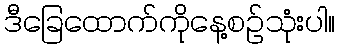
ဒီခြေထောက်ကိုနေ့စဉ်သုံးပါ။